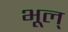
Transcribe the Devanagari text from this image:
भूल्